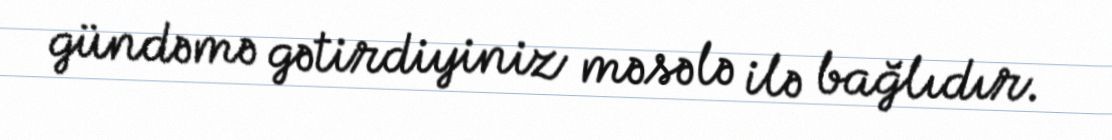
gündəmə gətirdiyiniz məsələ ilə bağlıdır.